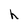
Character: h